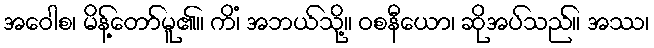
အဝေါစ၊ မိန့်တော်မူ၏။ ကိံ၊ အဘယ်သို့။ ဝစနီယော၊ ဆိုအပ်သည်။ အဿ၊